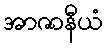
အာဇာနီယံ